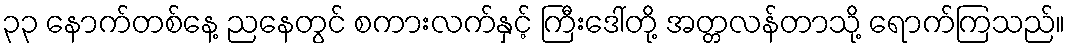
၃၃ နောက်တစ်နေ့ ညနေတွင် စကားလက်နှင့် ကြီးဒေါ်တို့ အတ္တလန်တာသို့ ရောက်ကြသည်။